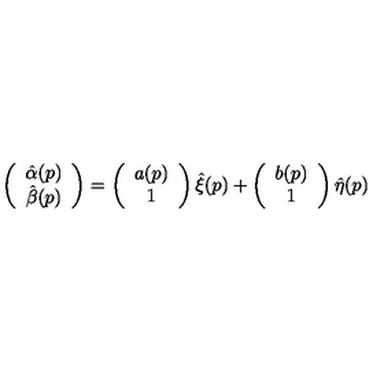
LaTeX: \left( \begin{array} { c c } { \hat { \alpha } ( p ) } \\ { \hat { \beta } ( p ) } \\ \end{array} \right) = \left( \begin{array} { c c } { a ( p ) } \\ { 1 } \\ \end{array} \right) \hat { \xi } ( p ) + \left( \begin{array} { c c } { b ( p ) } \\ { 1 } \\ \end{array} \right) \hat { \eta } ( p )